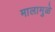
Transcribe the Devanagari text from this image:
मालामुळे